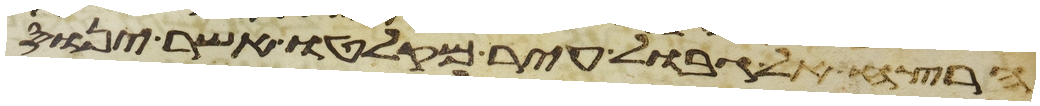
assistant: הרצח את גבול עיר מקלטו אשר ינוס